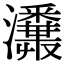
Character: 𤄪